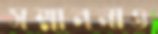
সম্মাননাও